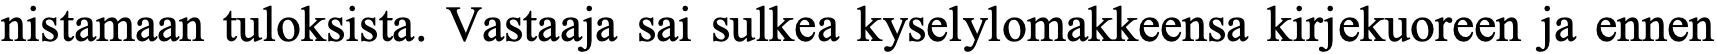
nistamaan tuloksista. Vastaaja sai sulkea kyselylomakkeensa kirjekuoreen ja ennen